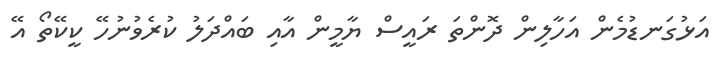
އަޅުގަނޑުމެން އަހާލިން ދޮންތަ ރައީސް ޔާމީން އާއި ބައްދަލު ކުރެވުނުހޭ ކީކޭތޯ އޭ